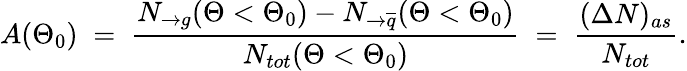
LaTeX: A(\Theta_{0})\; =\; \frac{N_{\rightarrow g}(\Theta<\Theta_{0})-N_{\rightarrow\overline{{{q}}}}(\Theta<\Theta_{0})}{N_{tot}(\Theta<\Theta_{0})}\; =\; \frac{(\Delta N)_{as}}{N_{tot}}.